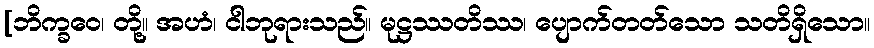
[ဘိက္ခဝေ၊ တို့။ အဟံ၊ ငါဘုရားသည်။ မုဋ္ဌဿတိဿ၊ ပျောက်တတ်သော သတိရှိသော။